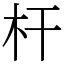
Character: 杆